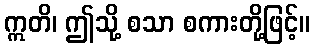
ဣတိ၊ ဤသို့ စသာ စကားတို့ဖြင့်။